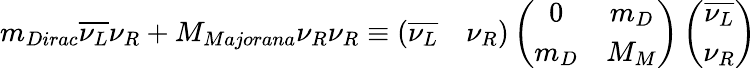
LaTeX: m_{Dirac}\overline{{{\nu_{L}}}}\nu_{R}+M_{Majorana}\nu_{R}\nu_{R}\equiv\left(\begin{array}{cc}{{\overline{{{\nu_{L}}}}}}&{{\nu_{R}}}\end{array}\right)\left(\begin{array}{cc}{{0}}&{{m_{D}}}\\ {{m_{D}}}&{{M_{M}}}\end{array}\right)\left(\begin{array}{c}{{\overline{{{\nu_{L}}}}}}\\ {{\nu_{R}}}\end{array}\right)